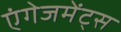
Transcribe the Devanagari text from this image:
एंगेजमेंट्स